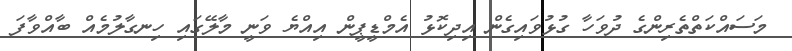
މަސައްކަތްތެރިންގެ ދުވަހާ ގުޅުވައިގެން އިދިކޮޅު އެމްޑީޕީން އިއްޔެ ވަނީ މާލޭގައި ހިނގާލުމެއް ބާއްވާފަ